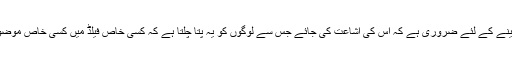
کیونکہ تحقیق کو فروغ دینے کے لئے ضروری ہے کہ اس کی اشاعت کی جائے جس سے لوگوں کو یہ پتا چلتا ہے کہ کسی خاص فیلڈ میں کسی خاص موضوع پر کیا کام ہو رہا ہے۔